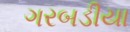
ગરબડીયા